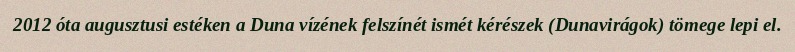
2012 óta augusztusi estéken a Duna vízének felszínét ismét kérészek (Dunavirágok) tömege lepi el.